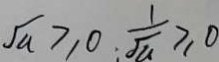
\sqrt { a } \geq 0 ; \frac { 1 } { \sqrt { a } } \geq 0